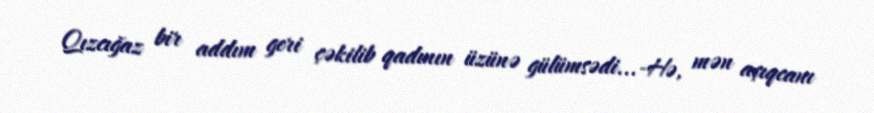
Qızcığaz bir addım geri çəkilib qadının üzünə gülümsədi...-Hə, mən açıqcanı